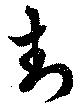
封